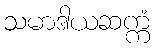
သမာဒါယဆက္ကံ